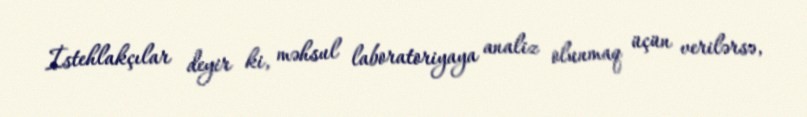
İstehlakçılar deyir ki, məhsul laboratoriyaya analiz olunmaq üçün verilərsə,